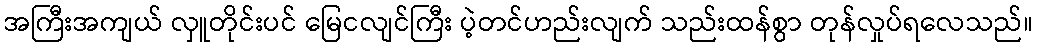
အကြီးအကျယ် လှူတိုင်းပင် မြေငလျင်ကြီး ပဲ့တင်ဟည်းလျက် သည်းထန်စွာ တုန်လှုပ်ရလေသည်။